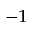
^ { - 1 }